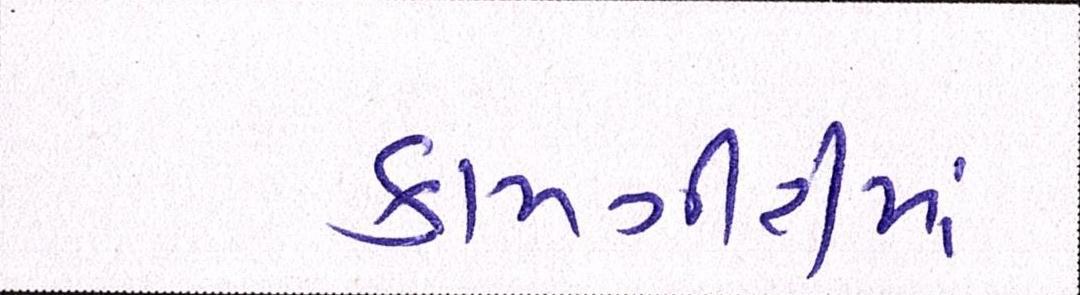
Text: કામગીરીમાં